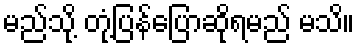
မည်သို့ တုံ့ပြန်ပြောဆိုရမည် မသိ။